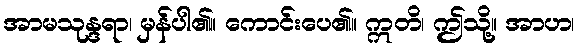
အာမသုန္ဒရာ၊ မှန်ပါ၏။ ကောင်းပေ၏။ ဣတိ၊ ဤသို့။ အာဟ၊